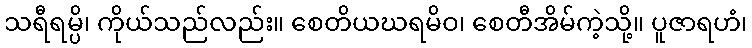
သရီရမ္ပိ၊ ကိုယ်သည်လည်း။ စေတိယဃရမိဝ၊ စေတီအိမ်ကဲ့သို့။ ပူဇာရဟံ၊